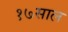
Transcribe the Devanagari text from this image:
१७साल